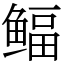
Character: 鲾